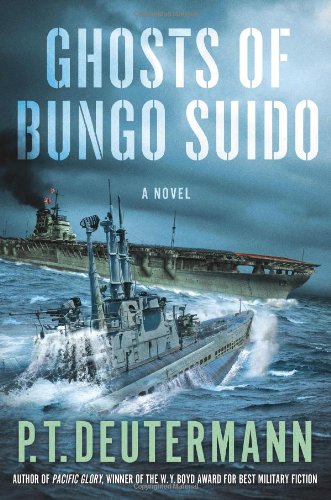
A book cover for Ghosts of Bungo Suido; P. T. Deutermann; Literature & Fiction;